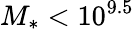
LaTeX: M_{\ast}<10^{9.5}